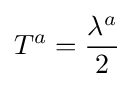
T^{a}={\frac {\lambda ^{a}}{2}}